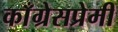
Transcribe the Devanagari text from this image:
काँग्रेसप्रेमी